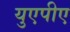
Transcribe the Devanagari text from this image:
युएपीए